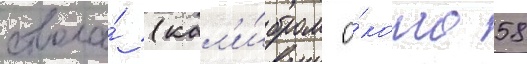
ствола́ (кал'и́бром о́коло 58